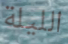
الليلة